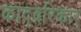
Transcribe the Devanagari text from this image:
काद्ब्ररिकार्